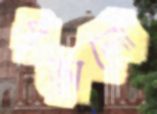
গড়ালো